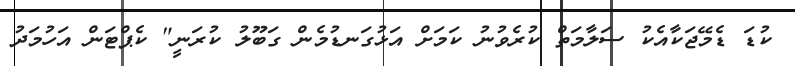
ކުޑަ ޑެމޭޖަކާއެކު ސަލާމަތް ކުރެވުނު ކަމަށް އަޅުގަނޑުމެން ގަބޫލު ކުރަނީ" ކެޕްޓަން އަހުމަދު